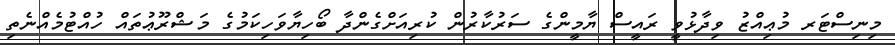
މިނިސްޓަރ މުޢިއްޒު ވިދާޅުވީ ރައީސް ޔާމީންގެ ސަރުކާރުން ކުރިއަށްގެންދާ ބޯހިޔާވަހިކަމުގެ މަޝްރޫޢުތައް ހުއްޓުމެއްނެތި